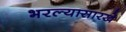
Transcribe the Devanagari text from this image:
भरल्यासारखे